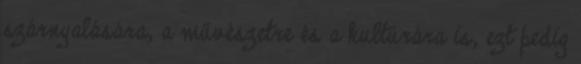
szárnyalására, a művészetre és a kultúrára is, ezt pedig